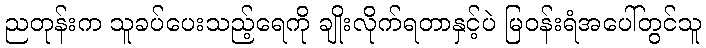
ညတုန်းက သူခပ်ပေးသည့်ရေကို ချိုးလိုက်ရတာနှင့်ပဲ မြဝန်းရံအပေါ်တွင်သူ